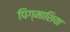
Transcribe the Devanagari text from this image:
पिग्माशिया